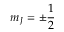
m _ { J } = \pm \frac { 1 } { 2 }